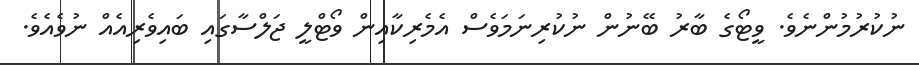
ނުކުރުމުންނެވެ. ވީޓޯގެ ބާރު ބޭނުން ނުކުރިނަމަވެސް އެމެރިކާއިން ވޯޓްލީ ޖަލްސާގައި ބައިވެރިއެއް ނުވެއެވެ.